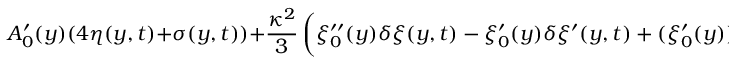
A _ { 0 } ^ { \prime } ( y ) ( 4 \eta ( y , t ) + \sigma ( y , t ) ) + \frac { \kappa ^ { 2 } } { 3 } \left( \xi _ { 0 } ^ { \prime \prime } ( y ) \delta \xi ( y , t ) - \xi _ { 0 } ^ { \prime } ( y ) \delta \xi ^ { \prime } ( y , t ) + ( \xi _ { 0 } ^ { \prime } ( y ) ) ^ { 2 } \frac { \delta b ( y , t ) } { b _ { 0 } } \right) = 0 + O ( m _ { B } ^ { 4 } / k ^ { 4 } ) .